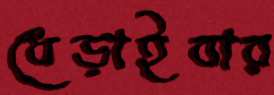
ধেড়াইবার